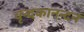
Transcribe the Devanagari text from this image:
वृन्दकानन्दनं